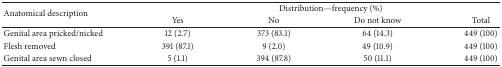
<table><thead><tr><td rowspan="2"><b>Anatomical description</b></td><td colspan="4"><b>Distribution—frequency (%)</b></td></tr><tr><td><b>Yes</b></td><td><b>No</b></td><td><b>Do not know</b></td><td><b>Total</b></td></tr></thead><tbody><tr><td>Genital area pricked/nicked</td><td>12 (2.7)</td><td>373 (83.1)</td><td>64 (14.3)</td><td>449 (100)</td></tr><tr><td>Flesh removed</td><td>391 (87.1)</td><td>9 (2.0)</td><td>49 (10.9)</td><td>449 (100)</td></tr><tr><td>Genital area sewn closed</td><td>5 (1.1)</td><td>394 (87.8)</td><td>50 (11.1)</td><td>449 (100)</td></tr></tbody></table>